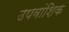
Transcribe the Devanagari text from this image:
उपवांशिक